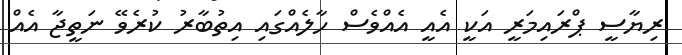
ރިޔާސީ ޕްރައިމަރީ އަކީ އެއީ އެއްވެސް ހާލެއްގައި އިތުބާރު ކުރެވޭ ނަތީޖާ އެއް